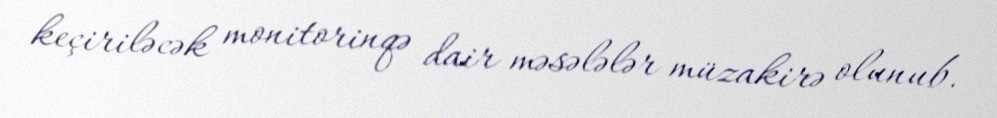
keçiriləcək monitorinqə dair məsələlər müzakirə olunub.